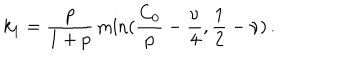
k _ { 1 } = \frac { p } { 1 + p } \min ( \frac { C _ { 0 } } { p } - \frac { \nu } { 4 } , \frac { 1 } { 2 } - \nu ) \, . \nonumber